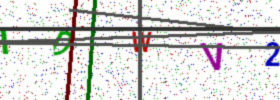
Text: IDWV2